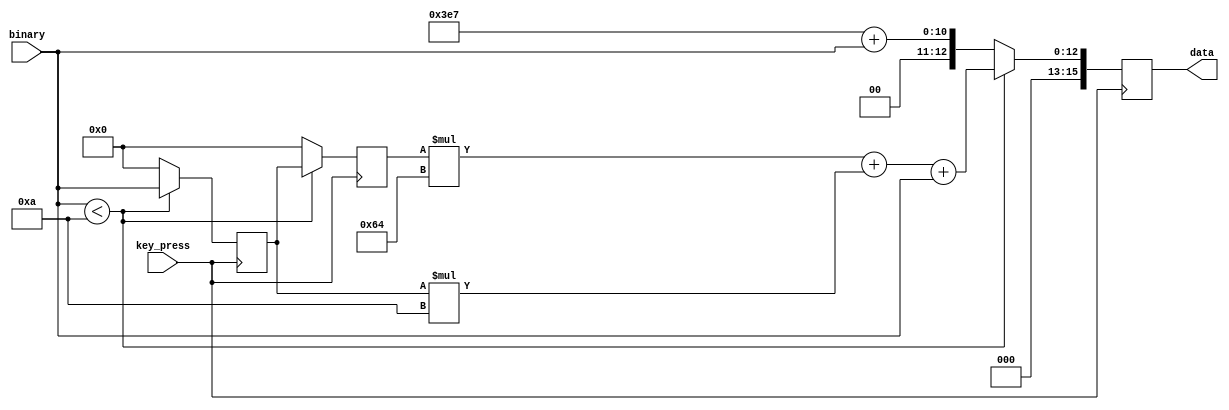
module recd(
binary,
key_press,
data
);

input [3:0] binary;//
input key_press;//


output reg [15:0] data;//


reg [3:0] key1=0;//_
reg [3:0] key2=0;//_
reg [3:0] key3=0;//_


always @(negedge key_press) begin
	if(binary < 4'b1010)begin
		key3 = key2;
		key2 = key1;
		key1 = binary;
		data = key3 * 100 + key2 * 10 + key1;
	end
	else begin 
		key1 = 0; 
		key2 = 0; 
		key3 = 0; 
		data = 10'd999 + binary;
	end
end
endmodule